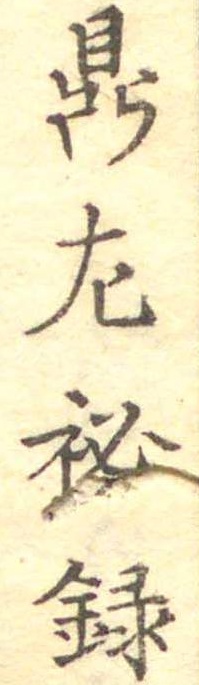
鼎左秘録